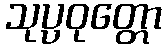
သုပ္ပဝုတ္တော